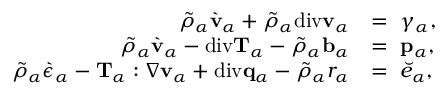
\begin{array} { r l } { \tilde { \rho } _ { \alpha } \grave { \mathbf { v } } _ { \alpha } + \tilde { \rho } _ { \alpha } \mathrm { d i v } \mathbf { v } _ { \alpha } } & { = ~ \gamma _ { \alpha } , } \\ { \tilde { \rho } _ { \alpha } \grave { \mathbf { v } } _ { \alpha } - \mathrm { d i v } \mathbf { T } _ { \alpha } - \tilde { \rho } _ { \alpha } \mathbf { b } _ { \alpha } } & { = ~ \mathbf { p } _ { \alpha } , } \\ { \tilde { \rho } _ { \alpha } \grave { \epsilon } _ { \alpha } - \mathbf { T } _ { \alpha } : \nabla \mathbf { v } _ { \alpha } + \mathrm { d i v } \mathbf { q } _ { \alpha } - \tilde { \rho } _ { \alpha } r _ { \alpha } } & { = ~ \breve { e } _ { \alpha } , } \end{array}